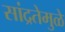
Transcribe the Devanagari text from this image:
सांद्रतेमुळे